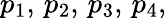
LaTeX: p_{1},\, p_{2},\, p_{3},\, p_{4},